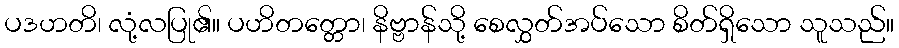
ပဒဟတိ၊ လုံ့လပြု၏။ ပဟိတတ္တော၊ နိဗ္ဗာန်သို့ စေလွှတ်အပ်သော စိတ်ရှိသော သူသည်။